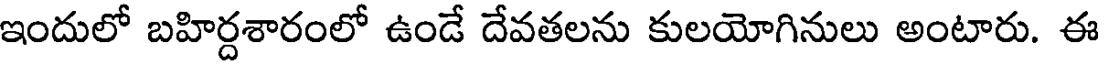
ఇందులో బహిర్దశారంలో ఉండే దేవతలను కులయోగినులు అంటారు. ఈ